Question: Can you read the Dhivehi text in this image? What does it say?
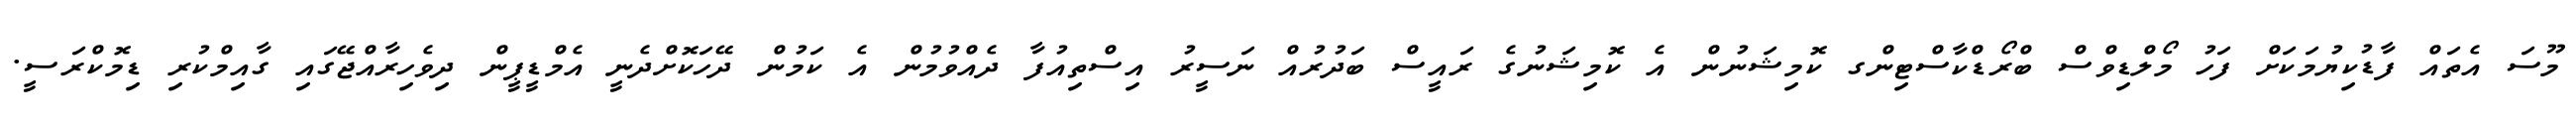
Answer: މޫސަ އެތައް ފާޑުކިޔުމަކަށް ފަހު މޯލްޑިވްސް ބްރޯޑްކާސްޓިންގ ކޮމިޝަނުން އެ ކޮމިޝަނުގެ ރައީސް ބަދުރުއް ނަސީރު އިސްތިއުފާ ދެއްވުމުން އެ ކަމުން ދޭހަކޮށްދެނީ އެމްޑީޕީން ދިވެހިރާއްޖޭގައި ގާއިމްކުރި ޑިމޮކްރަސީ.